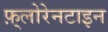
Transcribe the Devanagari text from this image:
फ़्लोरेनटाइन